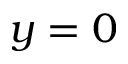
y = 0